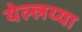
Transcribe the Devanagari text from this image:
येल्लय्या